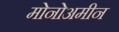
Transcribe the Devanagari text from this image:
मोनोअमीन